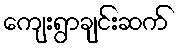
ကျေးရွာချင်းဆက်